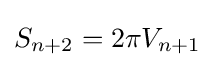
S_{n+2}=2\pi V_{n+1}